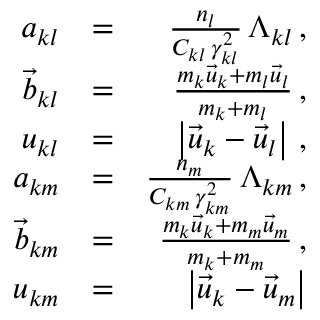
\begin{array} { r l r } { a _ { k l } } & { = } & { \frac { n _ { l } } { C _ { k l } \, \gamma _ { k l } ^ { 2 } } \, \Lambda _ { k l } \, , } \\ { \vec { b } _ { k l } } & { = } & { \frac { m _ { k } \vec { u } _ { k } + m _ { l } \vec { u } _ { l } } { m _ { k } + m _ { l } } \, , } \\ { u _ { k l } } & { = } & { \left| \vec { u } _ { k } - \vec { u } _ { l } \right| \, , } \\ { a _ { k m } } & { = } & { \frac { n _ { m } } { C _ { k m } \, \gamma _ { k m } ^ { 2 } } \, \Lambda _ { k m } \, , } \\ { \vec { b } _ { k m } } & { = } & { \frac { m _ { k } \vec { u } _ { k } + m _ { m } \vec { u } _ { m } } { m _ { k } + m _ { m } } \, , } \\ { u _ { k m } } & { = } & { \left| \vec { u } _ { k } - \vec { u } _ { m } \right| } \end{array}